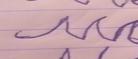
Signature authenticity: forged